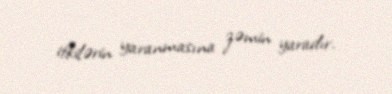
itkilərin yaranmasına zəmin yaradır.